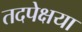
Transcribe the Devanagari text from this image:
तदपेक्षया